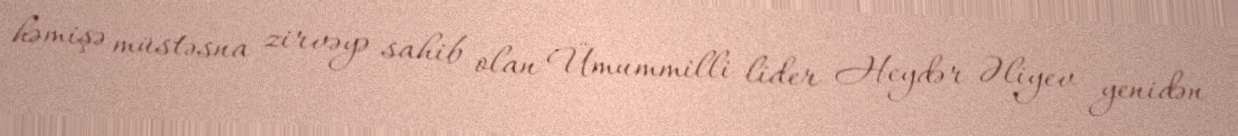
həmişə müstəsna zirvəyə sahib olan Ümummilli lider Heydər Əliyev yenidən